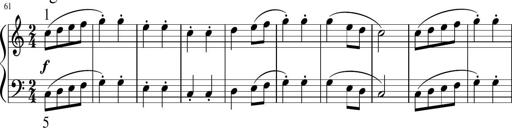
Title: 6 Instructive Sonatinas
Composer: Jacob Schmitt